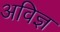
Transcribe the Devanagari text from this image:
अविज्ञ